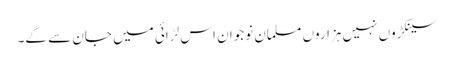
سینکڑوں نہیں ہزاروں مسلمان نوجوان اس لڑائی میں جان سے گے۔